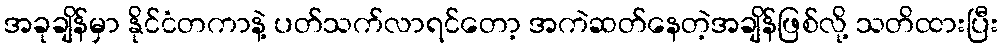
အခုချိန်မှာ နိုင်ငံတကာနဲ့ ပတ်သက်လာရင်တော့ အကဲဆတ်နေတဲ့အချိန်ဖြစ်လို့ သတိထားပြီး